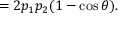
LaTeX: = 2 p _ { 1 } p _ { 2 } ( 1 - \cos \theta ) .